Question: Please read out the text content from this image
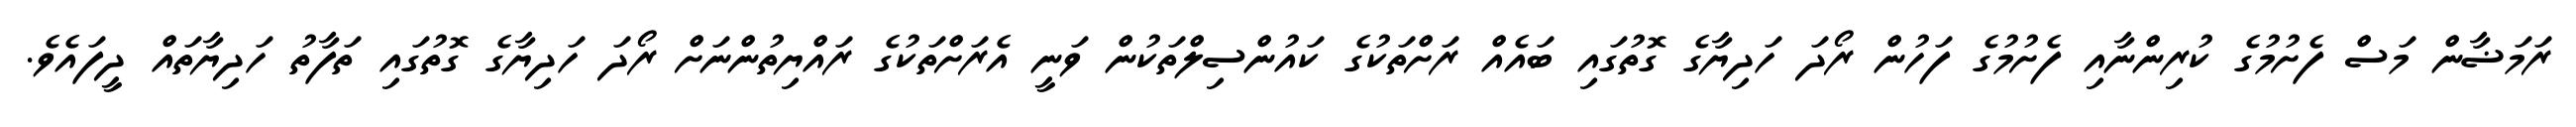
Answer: ރަމަޟާން މަސް ފެށުމުގެ ކުރިންނާއި ފެށުމުގެ ފަހުން ރޯދަ ހަދިޔާގެ ގޮތުގައި ބައެއް ރަށްތަކުގެ ކައުންސިލްތަކުން ވަނީ އެރަށްތަކުގެ ރައްޔިތުންނަށް ރޯދަ ހަދިޔާގެ ގޮތުގައި ތަފާތު ހަދިޔާތައް ދީފައެވެ.